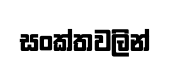
සංක්තවලින්